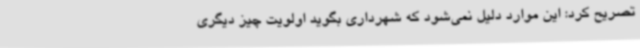
تصریح کرد: این موارد دلیل نمی‌شود که شهرداری بگوید اولویت چیز دیگری